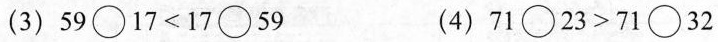
(3)$$5 9 \circ 1 7 < 1 7 \circ 5 9$$ (4)$$7 1 \circ 2 3 > 7 1 \circ 3 2$$